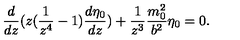
\frac { d } { d z } ( z ( \frac { 1 } { z ^ { 4 } } - 1 ) \frac { d \eta _ { 0 } } { d z } ) + \frac { 1 } { z ^ { 3 } } \frac { m _ { 0 } ^ { 2 } } { b ^ { 2 } } \eta _ { 0 } = 0 .